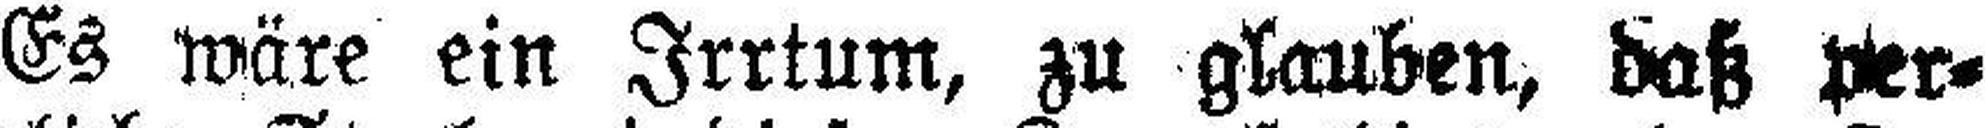
Es wäre ein Irrtum, zu glauben, daß per¬